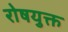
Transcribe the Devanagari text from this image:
रोषयुक्त